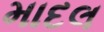
માદલ